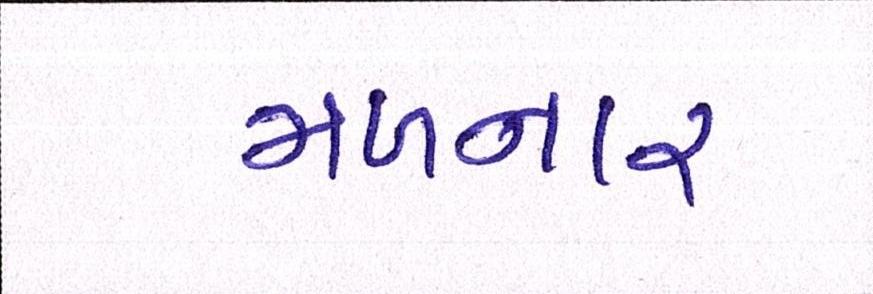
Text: મળનાર